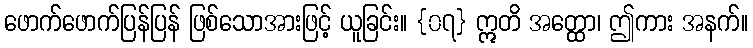
ဖောက်ဖောက်ပြန်ပြန် ဖြစ်သောအားဖြင့် ယူခြင်း။ {၀၇} ဣတိ အတ္ထော၊ ဤကား အနက်။